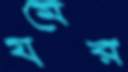
যমের